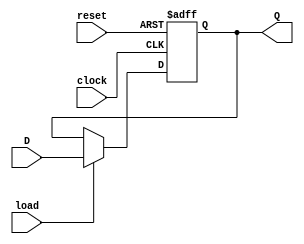
module RegisterNbit(Q, D, load, reset, clock);
	parameter N = 64;
	
	input load; // positive logic
	input reset; // asynchronous positive logic
	input clock; // positive edge
	input [N-1:0]D; // data input
	output reg [N-1:0]Q;
	
	always @(posedge clock or posedge reset) begin
		if(reset)
			Q <= 0;
		else if(load)
			Q <= D;
		else
			Q <= Q;
	end
endmodule